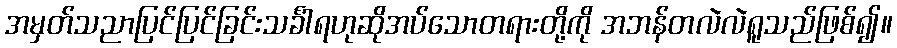
အမှတ်သညာပြင်ပြင်ခြင်းသင်္ခါရဟုဆိုအပ်သောတရားတို့ကို အဘန်တလဲလဲရူသည်ဖြစ်၍။